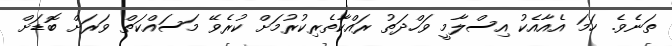
ތަނެވެ. ހަމަ އެއާއެކު އިސްލާމީ ވަހްދަތު ރައްކާތެރިކުރުމަށް ކުރެވޭ މަސައްކަތް ވަރަށް ބޮޑަށް